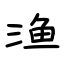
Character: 渔